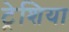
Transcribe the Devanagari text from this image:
ट्रेशिया